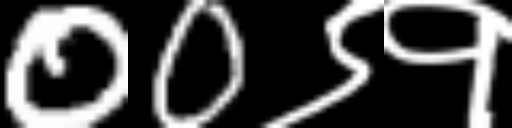
Text: 00९१